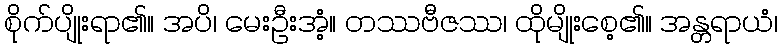
စိုက်ပျိုးရာ၏။ အပိ၊ မေးဦးအံ့။ တဿဗီဇဿ၊ ထိုမျိုးစေ့၏။ အန္တရာယံ၊